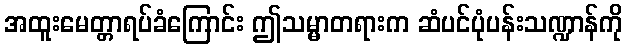
အထူးမေတ္တာရပ်ခံကြောင်း ဤသမ္မာတရားက ဆံပင်ပုံပန်းသဏ္ဍာန်ကို